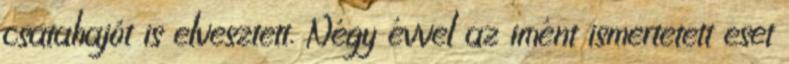
csatahajót is elvesztett. Négy évvel az imént ismertetett eset